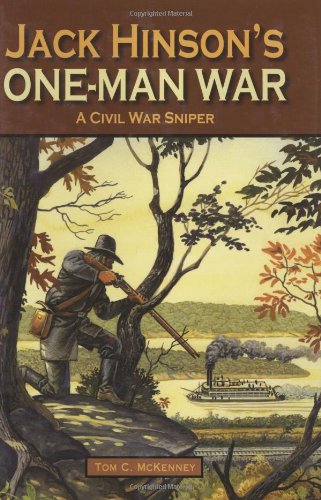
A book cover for Jack Hinson's One-Man War, A Civil War Sniper; Tom McKenney; History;